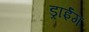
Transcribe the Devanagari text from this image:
ड्रॉईंग